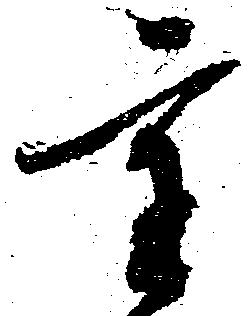
重